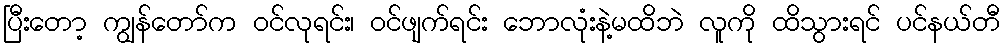
ပြီးတော့ ကျွန်တော်က ဝင်လုရင်း၊ ဝင်ဖျက်ရင်း ဘောလုံးနဲ့မထိဘဲ လူကို ထိသွားရင် ပင်နယ်တီ